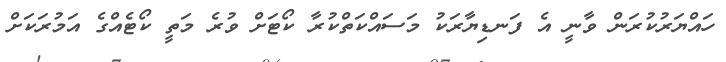
ހައްޔަރުކުރަން ވާނީ އެ ފަނޑިޔާރަކު މަސައްކަތްކުރާ ކޯޓަށް ވުރެ މަތީ ކޯޓެއްގެ އަމުރަކަށް